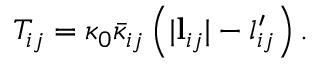
T _ { i j } = \kappa _ { 0 } \bar { \kappa } _ { i j } \left( | \mathbf { l } _ { i j } | - l _ { i j } ^ { \prime } \right) .